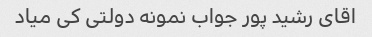
اقای رشید پور جواب نمونه دولتی کی میاد